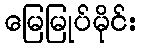
မြေမြုပ်မိုင်း